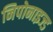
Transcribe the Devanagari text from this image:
निपोनाइज्ड